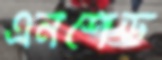
এনশেড